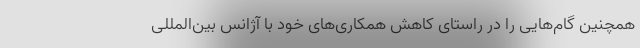
همچنین گام‌هایی را در راستای کاهش همکاری‌های خود با آژانس بین‌المللی